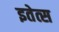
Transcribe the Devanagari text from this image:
इतेत्स